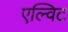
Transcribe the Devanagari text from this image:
एल्विट